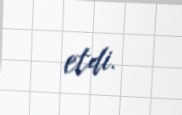
etdi.